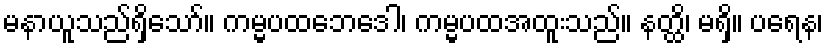
မနာယူသည်ရှိသော်။ ကမ္မပထဘေဒေါ၊ ကမ္မပထအထူးသည်။ နတ္ထိ၊ မရှိ။ ပရေန၊